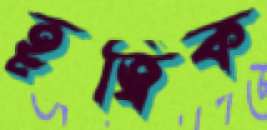
হূত্বিক